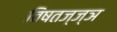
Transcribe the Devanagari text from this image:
विषतज्‍ज्ञ